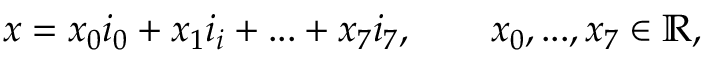
\begin{array} { r } { x = x _ { 0 } i _ { 0 } + x _ { 1 } i _ { i } + . . . + x _ { 7 } i _ { 7 } , \qquad x _ { 0 } , . . . , x _ { 7 } \in \mathbb { R } , } \end{array}